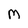
Character: M